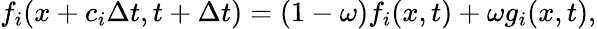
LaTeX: f_{i}(x+c_{i}\Delta t,t+\Delta t)=(1-\omega)f_{i}(x,t)+\omega g_{i}(x,t),